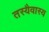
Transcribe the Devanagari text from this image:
तस्यैवास्य